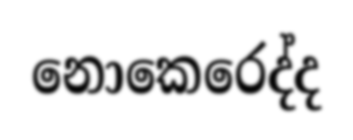
නොකෙරෙද්ද